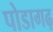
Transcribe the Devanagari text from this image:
पोडागढ़